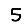
Digit: 5